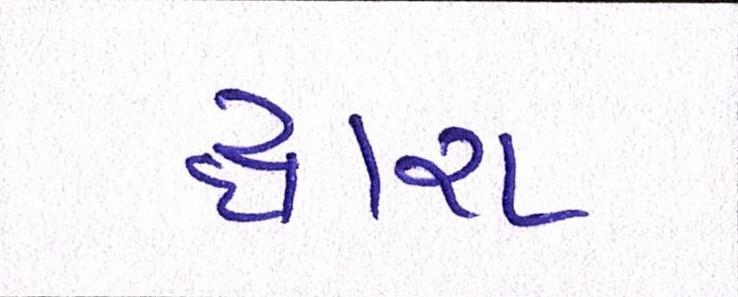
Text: દ્ધારા